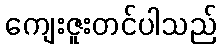
ကျေးဇူးတင်ပါသည်